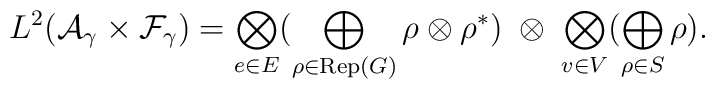
L^2({\cal A}_\gamma \times {\cal F}_\gamma) =\bigotimes_{e\in E} \bigl( \bigoplus_{\rho\in {\rm Rep}(G)} \rho\otimes\rho^* \bigr)\; \otimes\; \bigotimes_{v\in V} \bigl ( \bigoplus_{\rho\in S} \rho \bigr ).